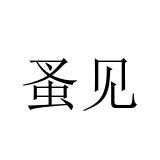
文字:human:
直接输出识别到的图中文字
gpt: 蚤见